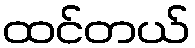
ထင်တယ်